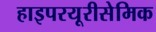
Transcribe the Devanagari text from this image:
हाइपरयूरीसेमिक